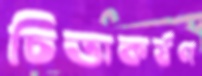
চিত্তাকর্ষণ